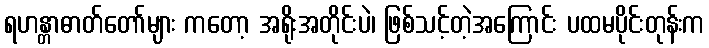
ရဟန္တာဓာတ်တော်များ ကတော့ အရိုးအတိုင်းပဲ၊ ဖြစ်သင့်တဲ့အကြောင်း ပထမပိုင်းတုန်းက